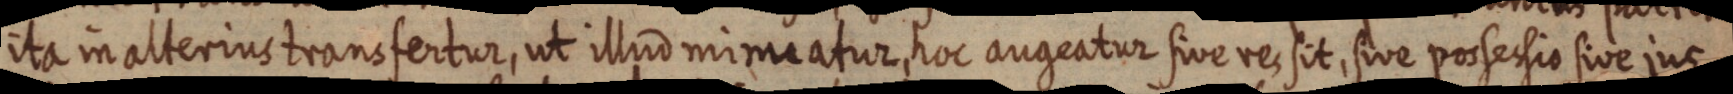
ita in alterius transfertur, ut illud mimeatur, hoc augeatur sive res sit, sive possessio sive jus.